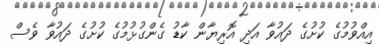
އިއްވުމުގެ ކުށުގެ ދައުވާ އަދި އޮރިޔާން ކާޑު ގެންގުޅުމުގެ ކުށުގެ ދައުވާ ވެސް